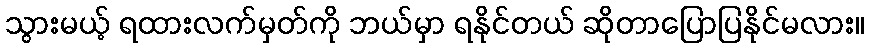
သွားမယ့် ရထားလက်မှတ်ကို ဘယ်မှာ ရနိုင်တယ် ဆိုတာပြောပြနိုင်မလား။